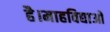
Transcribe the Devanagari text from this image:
है।माहविद्याओ